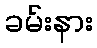
ခမ်းနား